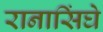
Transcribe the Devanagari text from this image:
रानासिंघे